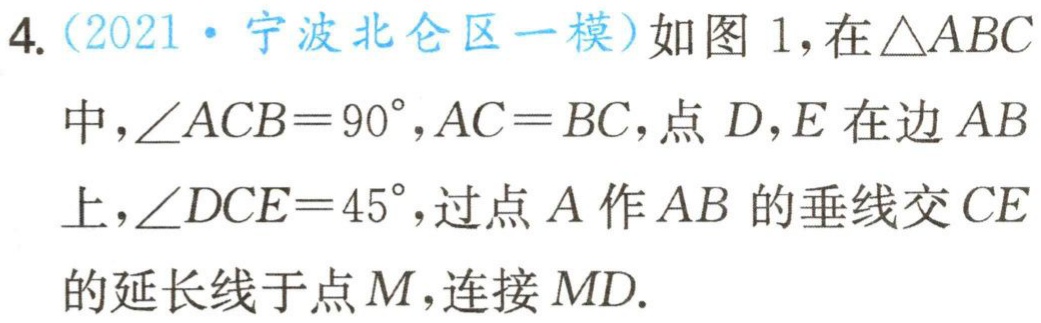
4.（2021·宁波北仑区一模）如图1，在\(\triangle ABC\)中，\(\angle ACB = 90^{\circ}\)，\(AC = BC\)，点\(D\)，\(E\)在边\(AB\)上，\(\angle DCE = 45^{\circ}\)，过点\(A\)作\(AB\)的垂线交\(CE\)的延长线于点\(M\)，连接\(MD\).